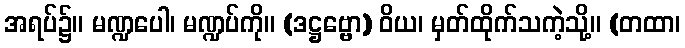
အရပ်၌။ မဏ္ဍပေါ၊ မဏ္ဍပ်ကို။ (ဒဋ္ဌဗ္ဗော) ဝိယ၊ မှတ်ထိုက်သကဲ့သို့။ (တထာ၊